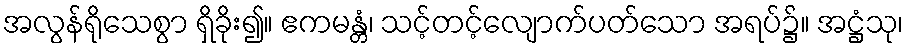
အလွန်ရိုသေစွာ ရှိခိုး၍။ ဧကမန္တံ၊ သင့်တင့်လျောက်ပတ်သော အရပ်၌။ အဋ္ဌံသု၊